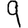
Digit: 9